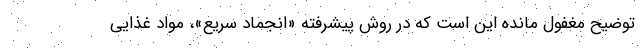
توضیح مغفول مانده این است که در روش پیشرفته «انجماد سریع»، مواد غذایی